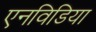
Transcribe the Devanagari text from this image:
एनविडिया